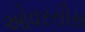
ઓવરસીસ